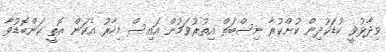
ވިދާޅުވީ ކުޑަކުދިން ކުށްކުރާ ނިސްބަތް އިތުރުވަމުން އައިސް މިހާރު އެކަން އޮތީ ކަންބޮޑުވާ